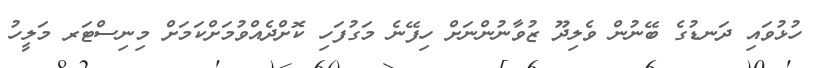
ހުޅުވައި ދަނޑުގެ ބޭނުން ވެލިދޫ ޒުވާނުންނަށް ހިފޭނެ މަގުފަހި ކޮށްދެއްވުމަށްކަމަށް މިނިސްޓަރ މަލީހު